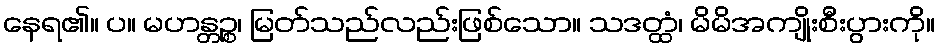
နေရ၏။ ပ။ မဟန္တဉ္စ၊ မြတ်သည်လည်းဖြစ်သော။ သဒတ္ထံ၊ မိမိအကျိုးစီးပွားကို။